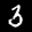
Label: 3